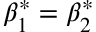
\beta _ { 1 } ^ { * } = \beta _ { 2 } ^ { * }